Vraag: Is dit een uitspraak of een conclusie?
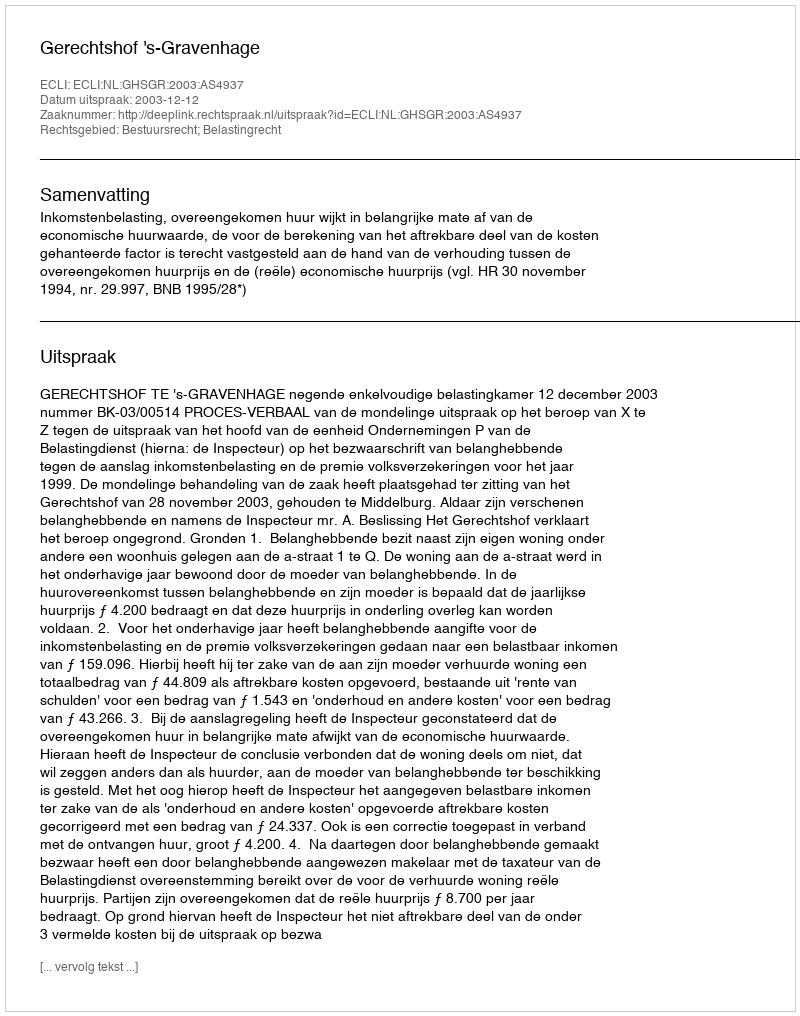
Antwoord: Uitspraak